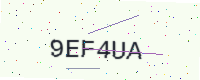
Text: 9EF4UA